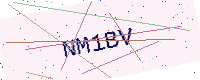
Text: NM1BV